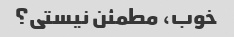
خوب، مطمئن نیستی؟